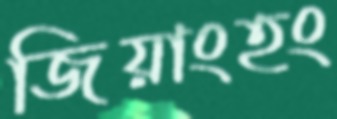
জিয়াংহং